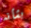
بشأنه